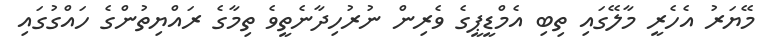
މޭޔަރު އެހެރީ މާލޭގައި ތިބި އެމްޑީޕީގެ ވެރިން ނުރުހިދާނެތީވެ ތިމާގެ ރައްޔިތުންގެ ހައްގުގައި